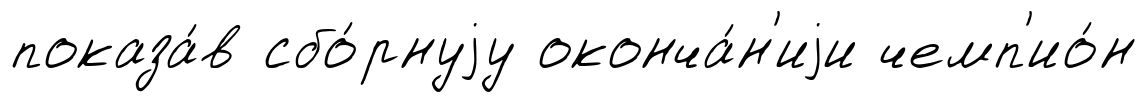
показа́в сбо́рнуjу оконча́н'иjи чемп'ио́н